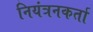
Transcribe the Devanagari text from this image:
नियंत्रनकर्ता